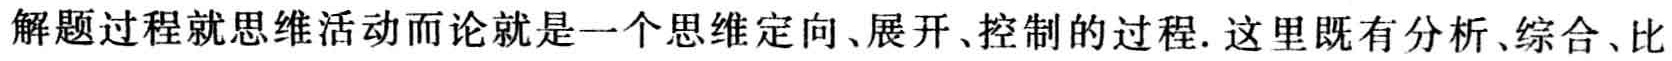
解题过程就思维活动而论就是一个思维定向、展开、控制的过程. 这里既有分析、综合、比